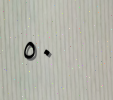
٥٠